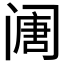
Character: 𲉅